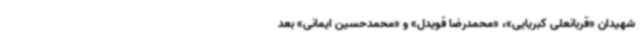
شهیدان «قربانعلی کبریایی»، «محمدرضا قویدل» و «محمدحسین ایمانی» بعد